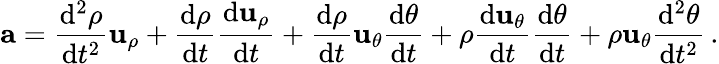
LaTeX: \mathbf{a}={\frac{\mathrm{d}^{2}\rho}{\mathrm{d}t^{2}}}\mathbf{u}_{\rho}+{\frac{\mathrm{d}\rho}{\mathrm{d}t}}{\frac{\mathrm{d}\mathbf{u}_{\rho}}{\mathrm{d}t}}+{\frac{\mathrm{d}\rho}{\mathrm{d}t}}\mathbf{u}_{\theta}{\frac{\mathrm{d}\theta}{\mathrm{d}t}}+\rho{\frac{\mathrm{d}\mathbf{u}_{\theta}}{\mathrm{d}t}}{\frac{\mathrm{d}\theta}{\mathrm{d}t}}+\rho\mathbf{u}_{\theta}{\frac{\mathrm{d}^{2}\theta}{\mathrm{d}t^{2}}}\, .